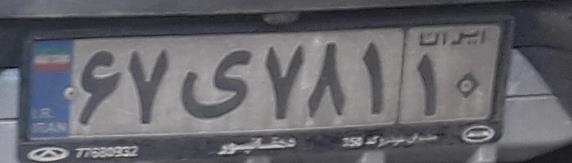
۶۷ی۷۸۱۱۰